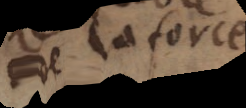
de la force